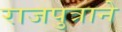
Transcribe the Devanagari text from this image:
राजपुत्राने